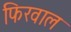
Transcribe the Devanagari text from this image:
फिरवाल